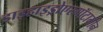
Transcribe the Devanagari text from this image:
डाइहाइड्रोएरगॉटामीन